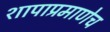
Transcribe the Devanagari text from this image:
शापाप्रमाणेच